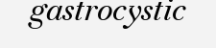
gastrocystic